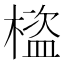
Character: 𣛯